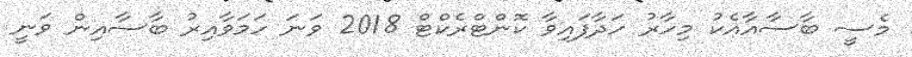
މެސީ ބާސާއާއެކު މިހާރު ހަދާފައިވާ ކޮންޓްރެކްޓް 2018 ވަނަ ހަމަވާއިރު ބާސާއިން ވަނީ